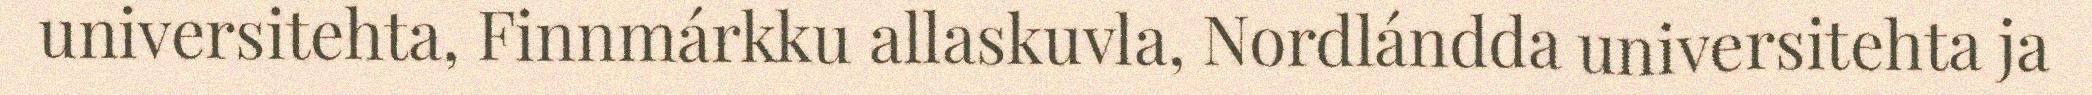
universitehta, Finnmárkku allaskuvla, Nordlándda universitehta ja